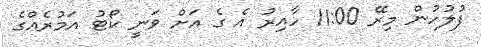
ފުލުހުން މިރޭ 11:00 ހާއިރު އެ ގެ އަށް ވަނީ ކޯޓު އަމުރެއްގެ